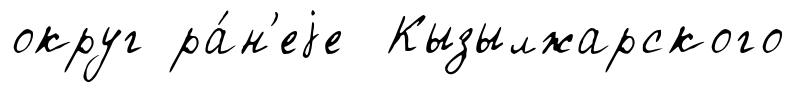
округ ра́н'еjе Кызылжарского